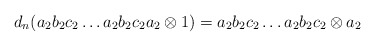
\begin{align*}d_n(a_2b_2c_2 \dots a_2b_2c_2a_2 \otimes 1) = a_2b_2c_2 \dots a_2b_2c_2 \otimes a_2\end{align*}